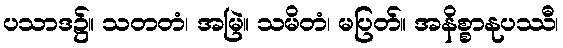
ပသာဒ၌။ သတတံ၊ အမြဲ။ သမိတံ၊ မပြတ်။ အနိစ္စာနုပဿီ၊